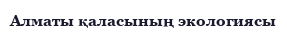
Алматы қаласының экологиясы